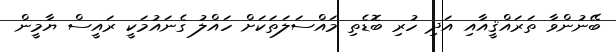
ބޭނުންވާ ތަރައްޤީއާއި އަދި ހުރި ބޮޑެތި މައްސަލަތަކަށް ހައްލު ގެނައުމަކީ ރައީސް ޔާމީން